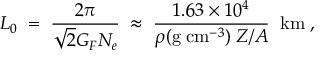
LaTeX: L _ { 0 } \; = \; \frac { 2 \pi } { \sqrt { 2 } G _ { F } N _ { e } } \; \approx \; \frac { 1 . 6 3 \times 1 0 ^ { 4 } } { \rho ( \mathrm { g \; c m } ^ { - 3 } ) \; Z / A } \; \; \mathrm { k m } \; ,